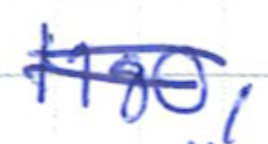
Text: 1980,
Cross-out: double-line
Writing tool: ballpoint